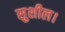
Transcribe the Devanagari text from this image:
सुशील।